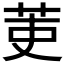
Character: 𮎫